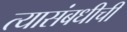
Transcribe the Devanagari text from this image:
त्यासंबधीची